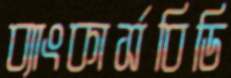
ব্যাংকার্সবিডি